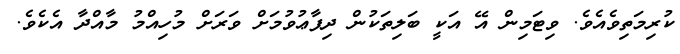
ކުރިމަތިވެއެވެ. ވިޓަމިން އޭ އަކީ ބަލިތަކުން ދިފާޢުވުމަށް ވަރަށް މުހިއްމު މާއްދާ އެކެވެ.